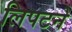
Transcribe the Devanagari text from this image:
लिपटने